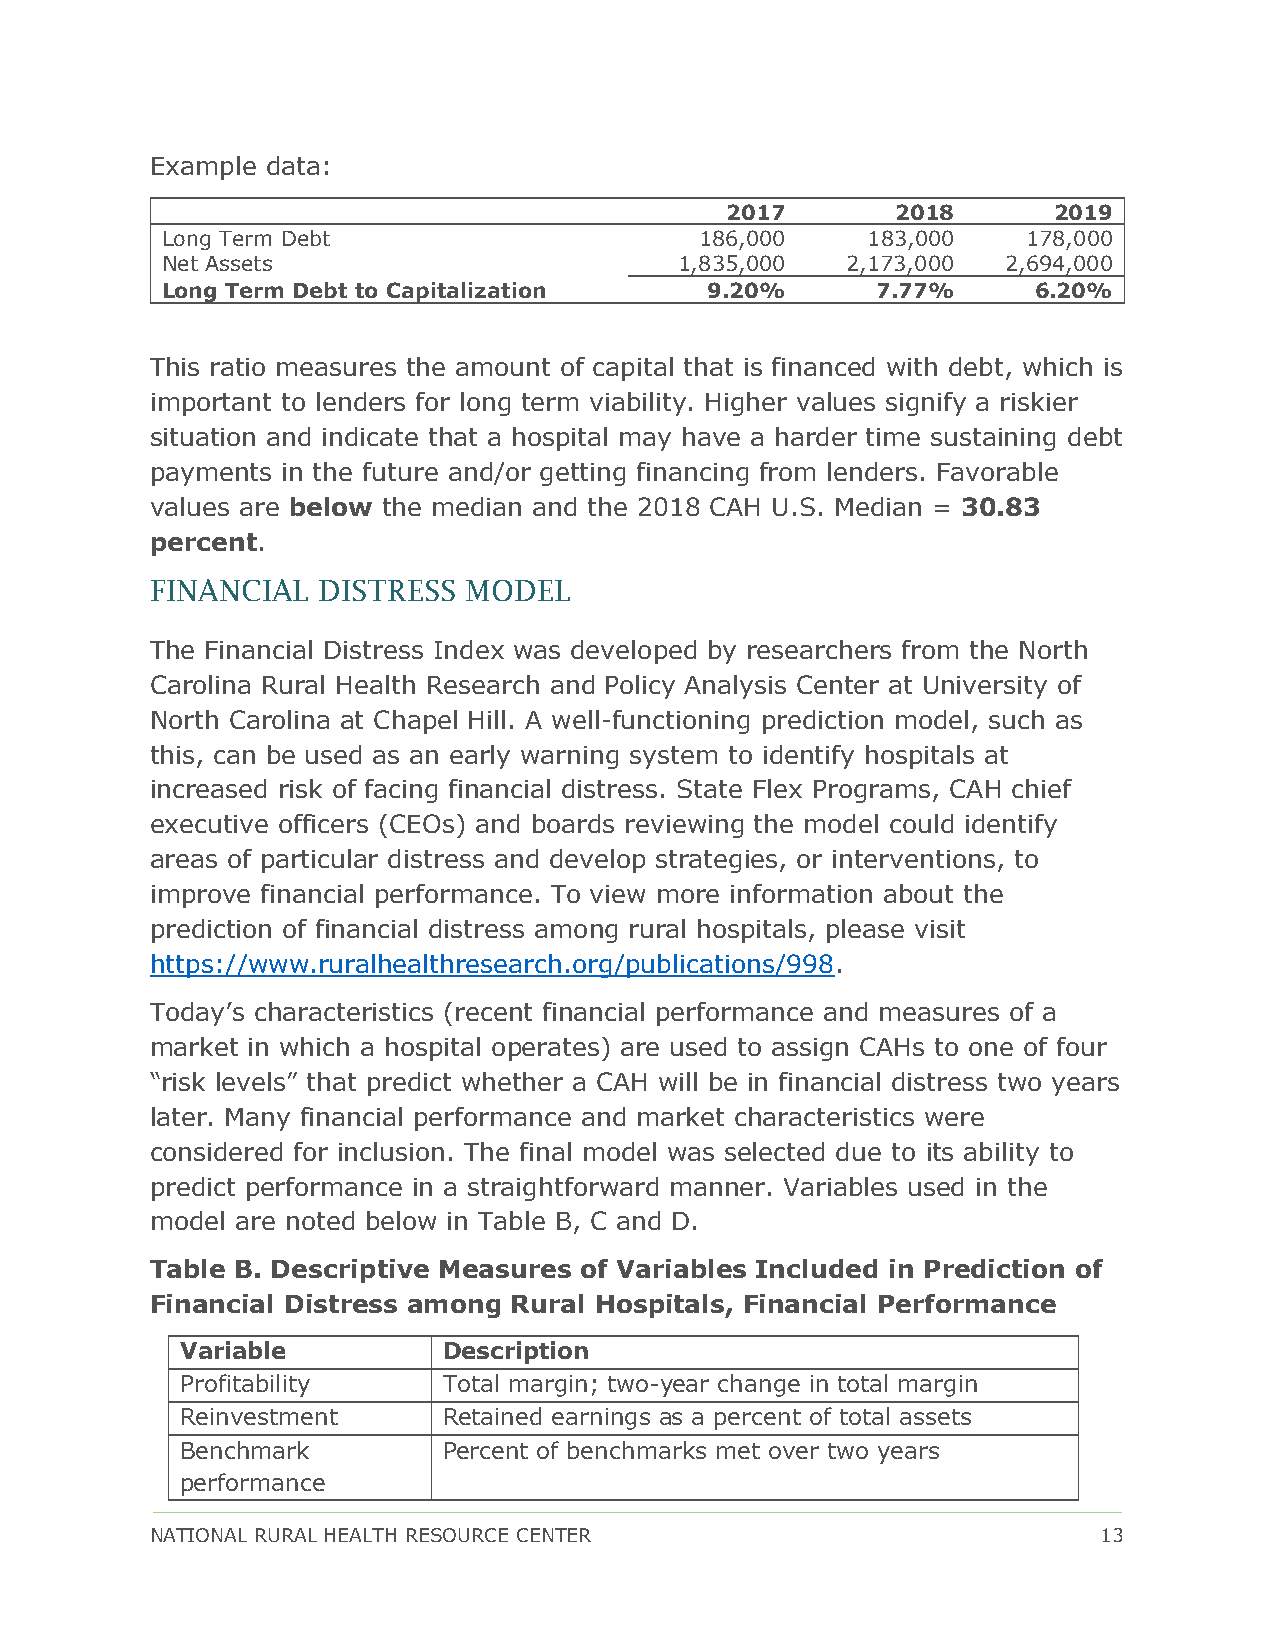
Example data:
 2017       2018       2019
 Long Term Debt                     186,000    183,000    178,000
 Net Assets                        1,835,000  2,173,000  2,694,000
 Long Term Debt to Capitalization    9.20%      7.77%      6.20%
 This ratio measures the amount of capital that is financed with debt, which is
 important to lenders for long term viability. Higher values signify a riskier
 situation and indicate that a hospital may have a harder time sustaining debt
 payments in the future and/or getting financing from lenders. Favorable
 values are below the median and the 2018 CAH U.S. Median = 30.83
 percent.
 FINANCIAL  DISTRESS  MODEL
 The Financial Distress Index was developed by researchers from the North
 Carolina Rural Health Research and Policy Analysis Center at University of
 North Carolina at Chapel Hill. A well-functioning prediction model, such as
 this, can be used as an early warning system to identify hospitals at
 increased risk of facing financial distress. State Flex Programs, CAH chief
 executive officers (CEOs) and boards reviewing the model could identify
 areas of particular distress and develop strategies, or interventions, to
 improve financial performance. To view more information about the
 prediction of financial distress among rural hospitals, please visit
 https://www.ruralhealthresearch.org/publications/998.
 Today’s characteristics (recent financial performance and measures of a
 market in which a hospital operates) are used to assign CAHs to one of four
 “risk levels” that predict whether a CAH will be in financial distress two years
 later. Many financial performance and market characteristics were
 considered for inclusion. The final model was selected due to its ability to
 predict performance in a straightforward manner. Variables used in the
 model are noted below in Table B, C and D.
 Table B. Descriptive Measures of Variables Included in Prediction of
 Financial Distress among Rural Hospitals, Financial Performance
 Variable         Description
 Profitability    Total margin; two-year change in total margin
 Reinvestment     Retained earnings as a percent of total assets
 Benchmark        Percent of benchmarks met over two years
 performance
 NATIONAL RURAL HEALTH RESOURCE CENTER                          13